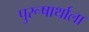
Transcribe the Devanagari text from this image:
पुरूषार्थाला